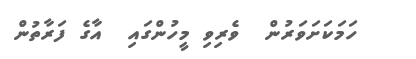
ހަމަކަށަވަރުން  ވެރިވި މީހުންގައި  އާގެ ފަރާތުން